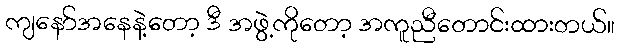
ကျနော်အနေနဲ့တော့ ဒီ အဖွဲ့ကိုတော့ အကူညီတောင်းထားတယ်။